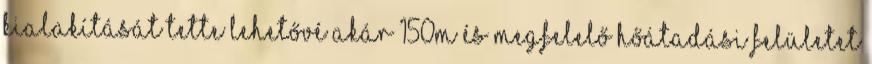
kialakítását tette lehetővé akár 150m és megfelelő hőátadási felületet